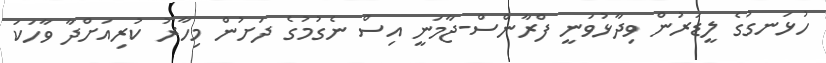
ހުޅަނގުގެ ލީޑަރުން ވިދާޅުވަނީ ފްރާންސް-ޖާމަނީ އިސް ނެގުމުގެ ދަށުން މިހާރު ކުރިއަށްދާ ވާހަކަ